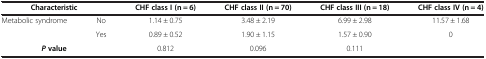
<table><thead><tr><td colspan="2"><b>Characteristic</b></td><td><b>CHF class I (n = 6)</b></td><td><b>CHF class II (n = 70)</b></td><td><b>CHF class III (n = 18)</b></td><td><b>CHF class IV (n = 4)</b></td></tr></thead><tbody><tr><td rowspan="2">Metabolic syndrome</td><td>No</td><td>1.14 ± 0.75</td><td>3.48 ± 2.19</td><td>6.99 ± 2.98</td><td>11.57 ± 1.68</td></tr><tr><td>Yes</td><td>0.89 ± 0.52</td><td>1.90 ± 1.15</td><td>1.57 ± 0.90</td><td>0</td></tr><tr><td colspan="2"><b><i>P </i></b><b>value</b></td><td>0.812</td><td>0.096</td><td>0.111</td><td> </td></tr></tbody></table>